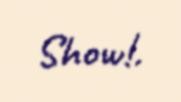
Show!.